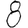
Digit: 8